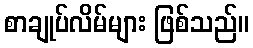
စာချုပ်လိမ်များ ဖြစ်သည်။